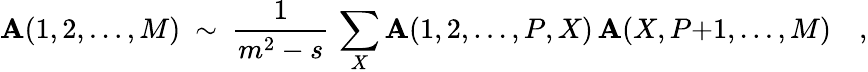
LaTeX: \mathbf{A}(1,2,\ldots,M)\ \sim\ {\frac{{1}}{{m^{2}-s}}}\, \sum_{X}\mathbf{A}(1,2,\ldots,P,X)\, \mathbf{A}(X,P{+}1,\ldots,M)\quad,